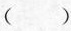
( )